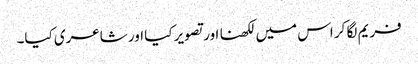
فریم لگا کر اس میں لکھنا اور تصویر کیا اور شاعری کیا۔